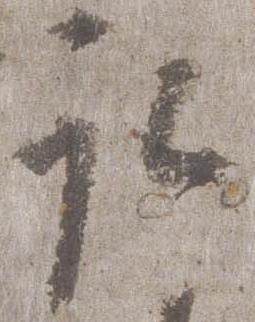
取